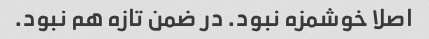
اصلا خوشمزه نبود. در ضمن تازه هم نبود.